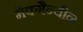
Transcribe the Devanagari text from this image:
मेक्गैन्यीन